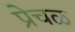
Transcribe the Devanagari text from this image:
प्रेचळ